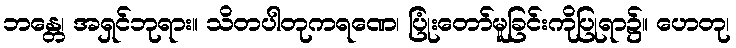
ဘန္တေ၊ အရှင်ဘုရား။ သိတပါတုကရဏေ၊ ပြုံးတော်မူခြင်းကိုပြုရာ၌။ ဟေတု၊